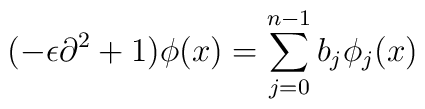
(-\epsilon \partial^2 + 1) \phi(x) = \sum _{j = 0} ^{n-1} b_j \phi_j(x)